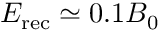
E _ { \mathrm { r e c } } \simeq 0 . 1 B _ { 0 }